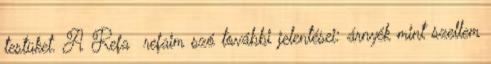
testüket. A Refa refaim szó további jelentései: árnyék mint szellem